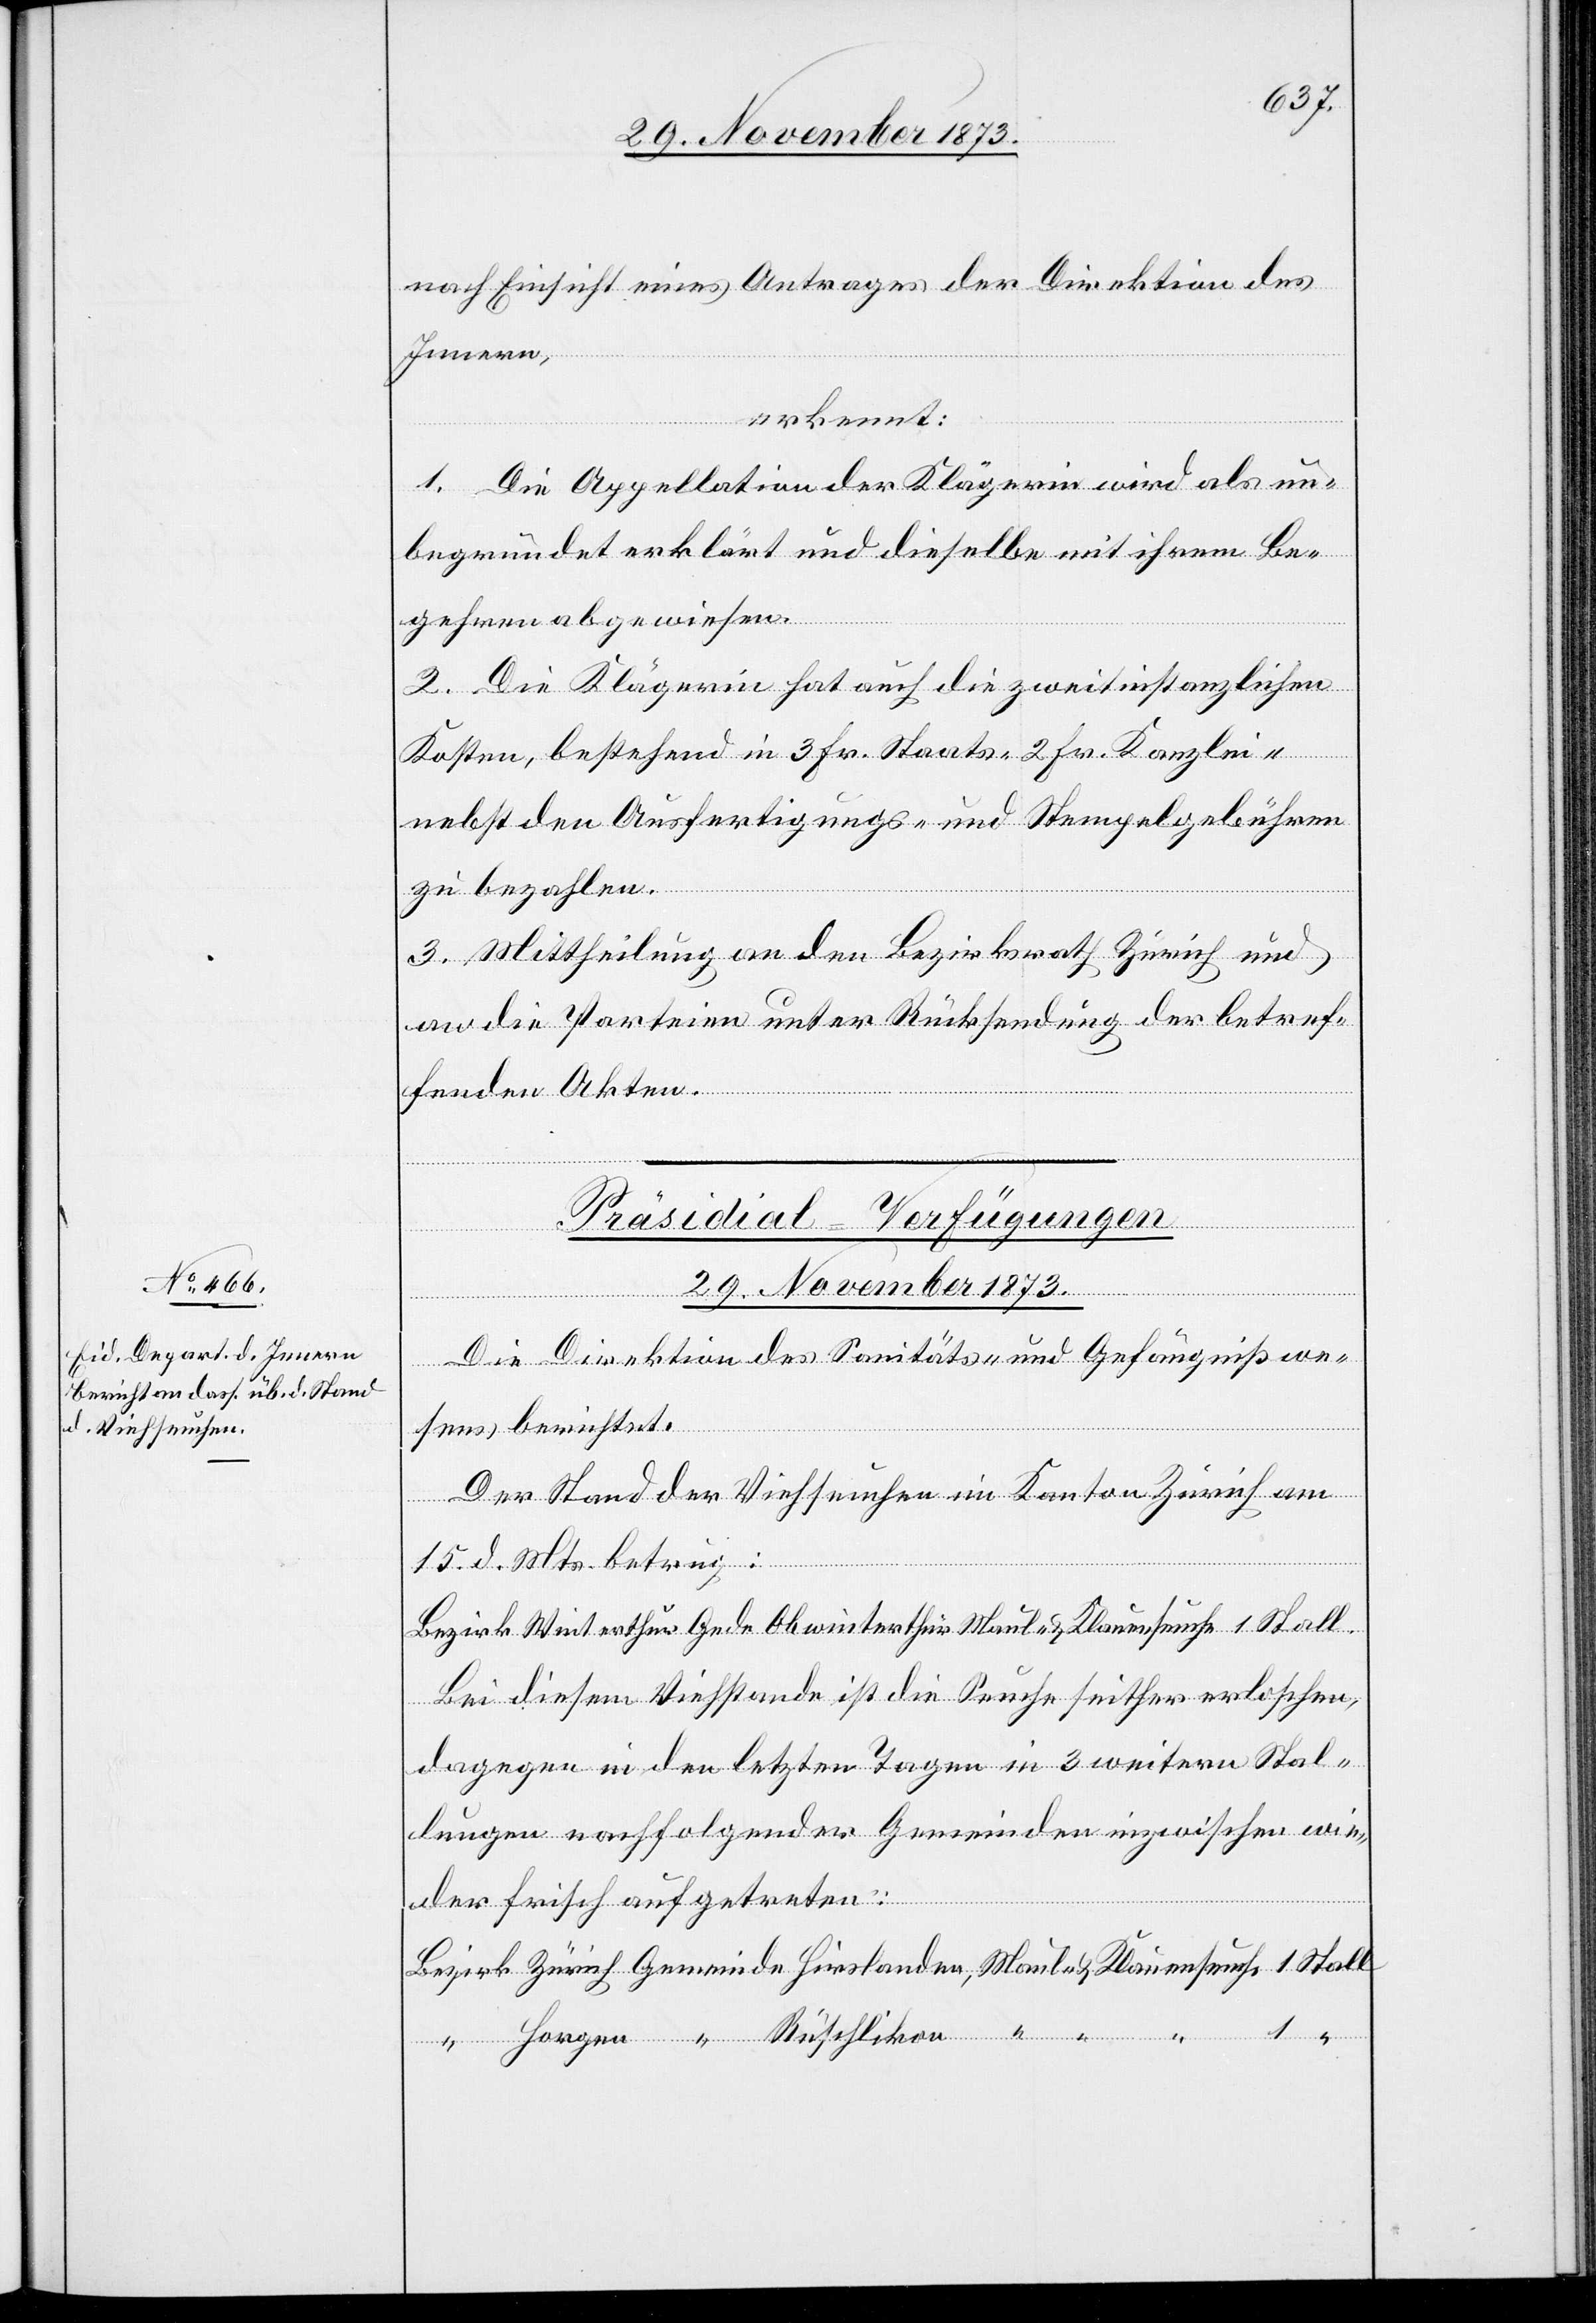
Präsidial-Verfügungen
29. November 1873.
Die Direktion des Sanitäts- und Gefängnißwe¬
sens berichtet:
Der Stand der Viehseuchen im Kanton Zürich am
Maul-
15. d. Mts. betrug:
Bezirk Winterthur Gede Oberwinterthur Maul- & Klauenseuche 1 Stall.
Bei diesem Viehstande ist die Seuche seither erloschen,
dagegen in den letzten Tagen in 3 weitern Stal¬
lungen nachfolgender Gemeinden inzwischen wie¬
der frisch aufgetreten: